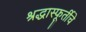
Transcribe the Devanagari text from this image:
श्रद्धास्फूर्तीचे